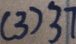
( 3 ) 3 7